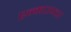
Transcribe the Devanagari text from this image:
एन्काउण्टर